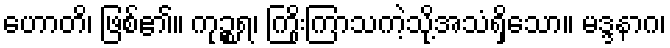
ဟောတိ၊ ဖြစ်၏။ ကုဉ္စရ၊ ကြိုးကြာသကဲ့သို့အသံရှိသော။ မဒ္ဒနာဂ၊